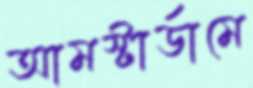
আমস্টার্ডামে